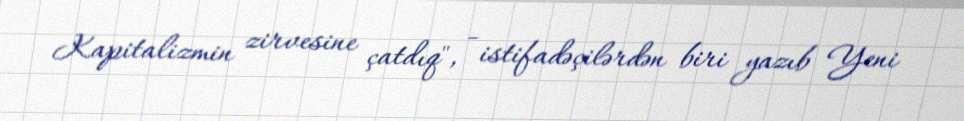
Kapitalizmin zirvesine çatdıq", - istifadəçilərdən biri yazıb Yeni